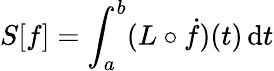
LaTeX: S[f]=\int_{a}^{b}(L\circ{\dot{f}})(t)\, \mathrm{d}t